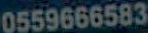
0559666583